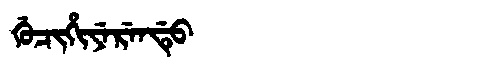
Manchu: ᡤᡠᠴᡳᡥᡳᠶᡝᡵᡝᠨᡩᡠ
Romanization: GUCIHIYERENDU